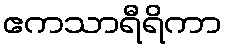
ဧကသာရီရိကာ